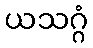
ယသဂ္ဂံ